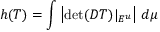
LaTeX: h ( T ) = \int \left| \operatorname* { d e t } ( D T ) | _ { E ^ { u } } \right| \, d \mu